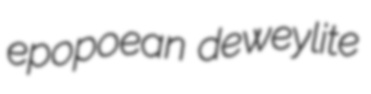
epopoean deweylite